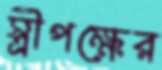
স্ত্রীপক্ষের